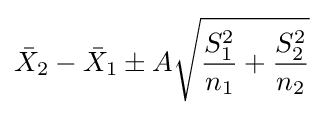
{\bar {X}}_{2}-{\bar {X}}_{1}\pm A{\sqrt {{\frac {S_{1}^{2}}{n_{1}}}+{\frac {S_{2}^{2}}{n_{2}}}}}